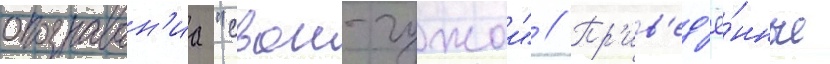
опознаван'иа "свои-чужои" // Пр'ив'ед'ё́нные